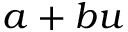
a + b u